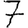
Digit: 7